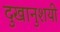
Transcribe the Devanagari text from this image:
दुखानुशयी